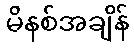
မိနစ်အချိန်